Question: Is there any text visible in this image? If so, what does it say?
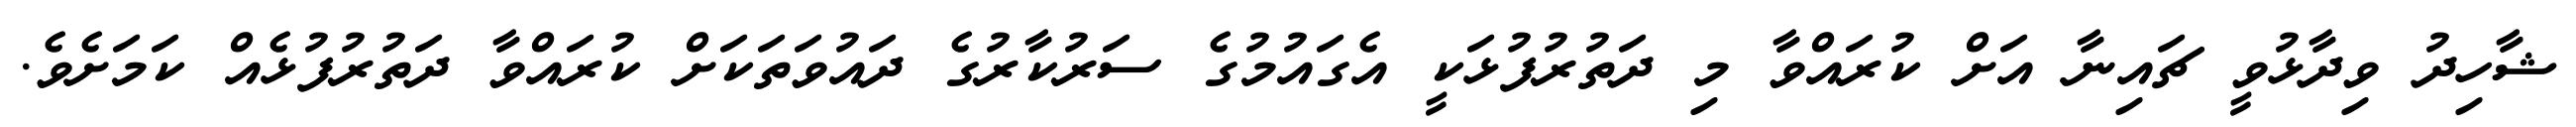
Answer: ޝާހިދު ވިދާޅުވީ ޗައިނާ އަށް ކުރައްވާ މި ދަތުރުފުޅަކީ އެގައުމުގެ ސަރުކާރުގެ ދައުވަތަކަށް ކުރައްވާ ދަތުރުފުޅެއް ކަމަށެވެ.